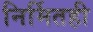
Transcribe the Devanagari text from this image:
निर्मितही